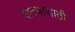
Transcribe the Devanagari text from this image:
वाटपासाठी